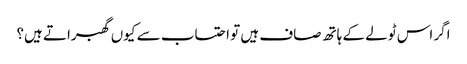
اگر اس ٹولے کے ہاتھ صاف ہیں تو احتساب سے کیوں گھبراتے ہیں؟